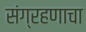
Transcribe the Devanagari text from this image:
संग्रहणाचा